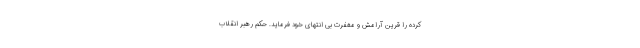
کرده را قرین آرامش و مغفرت بی انتهای خود فرماید. حکم رهبر انقلاب